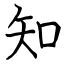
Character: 知